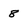
Character: 8